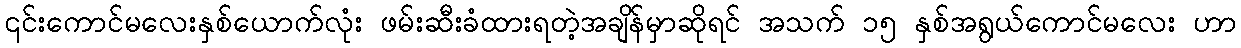
၎င်းကောင်မလေးနှစ်ယောက်လုံး ဖမ်းဆီးခံထားရတဲ့အချိန်မှာဆိုရင် အသက် ၁၅ နှစ်အရွယ်ကောင်မလေး ဟာ